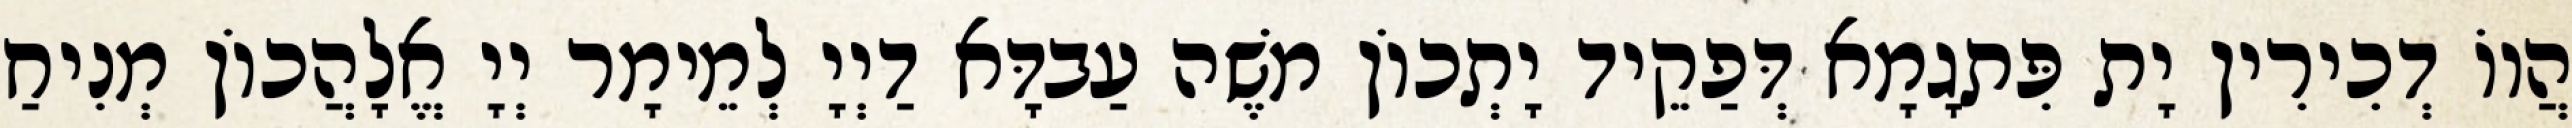
הֲווֹ דְכִירִין יָת פִּתגָמָא דְּפַקֵיד יָתְכוֹן מֹשֶׁה עַבדָּא דַיְיָ לְמֵימָר יְיָ אֱלָהֲכוֹן מְנִיחַ